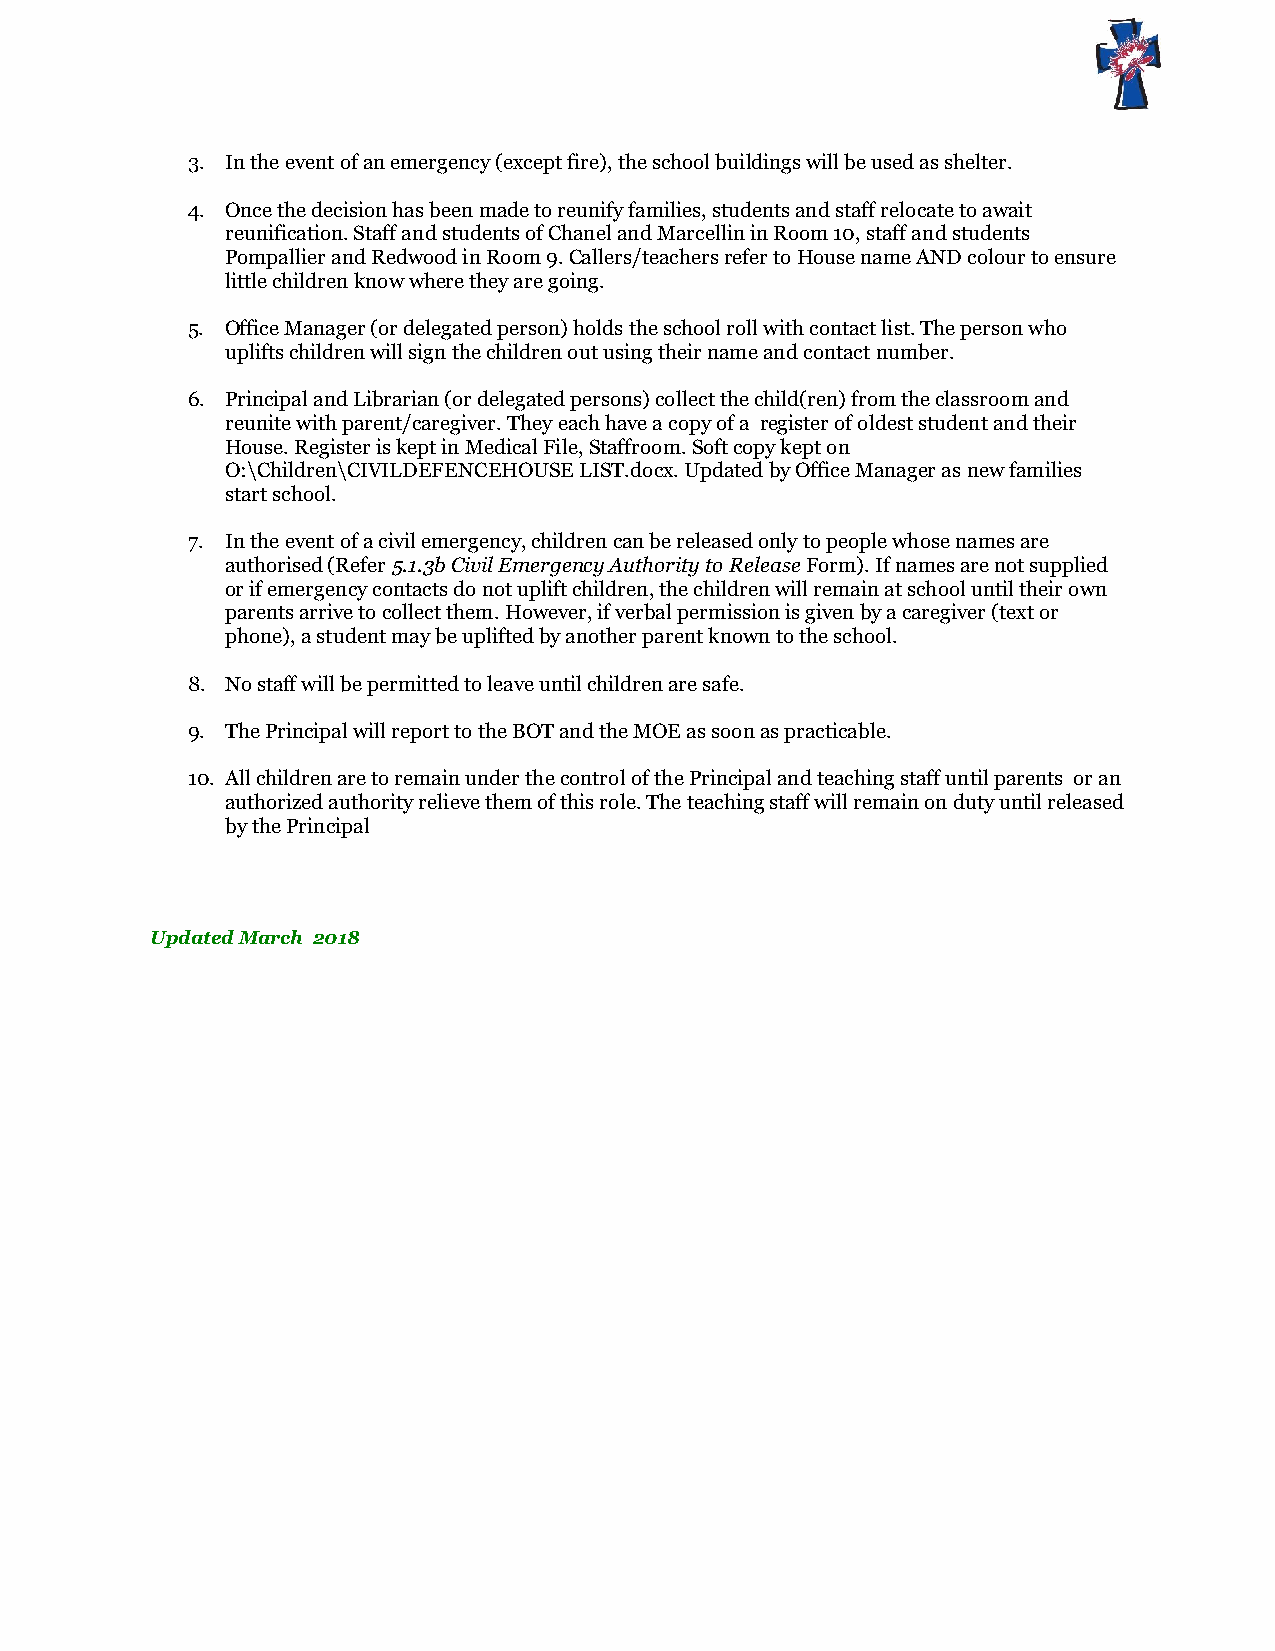
3. In the event of an emergency (except fire), the school buildings will be used as shelter.
 4. Once the decision has been made to reunify families, students and staff relocate to await
 reunification. Staff and students of Chanel and Marcellin in Room 10, staff and students
 Pompallier and Redwood in Room 9. Callers/teachers refer to House name AND colour to ensure
 little children know where they are going.
 5. Office Manager (or delegated person) holds the school roll with contact list. The person who
 uplifts children will sign the children out using their name and contact number.
 6. Principal and Librarian (or delegated persons) collect the child(ren) from the classroom and
 reunite with parent/caregiver. They each have a copy of a register of oldest student and their
 House. Register is kept in Medical File, Staffroom. Soft copy kept on
 O:\Children\CIVILDEFENCEHOUSE LIST.docx. Updated by Office Manager as new families
 start school.
 7. In the event of a civil emergency, children can be released only to people whose names are
 authorised (Refer 5.1.3b Civil Emergency Authority to Release Form). If names are not supplied
 or if emergency contacts do not uplift children, the children will remain at school until their own
 parents arrive to collect them. However, if verbal permission is given by a caregiver (text or
 phone), a student may be uplifted by another parent known to the school.
 8. No staff will be permitted to leave until children are safe.
 9. The Principal will report to the BOT and the MOE as soon as practicable.
 10. All children are to remain under the control of the Principal and teaching staff until parents or an
 authorized authority relieve them of this role. The teaching staff will remain on duty until released
 by the Principal
 Updated March 2018